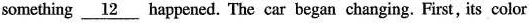
something \underline{12} happened. The car began changing. First, its color